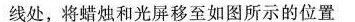
线处，将蜡烛和光屏移至如图所示的位置